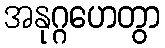
အနုဂ္ဂဟေတွာ